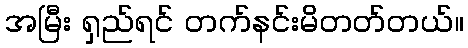
အမြီး ရှည်ရင် တက်နင်းမိတတ်တယ်။